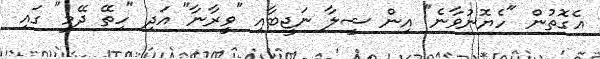
އެގޮތުން "ހެޔޮނުވާނެ" އިން ޝީލާ ނަޖީބާއި "ވީރާނާ" އަދި "ހިތޭ ދޭމީ" ގައި